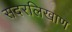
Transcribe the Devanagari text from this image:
सदरलिखाण